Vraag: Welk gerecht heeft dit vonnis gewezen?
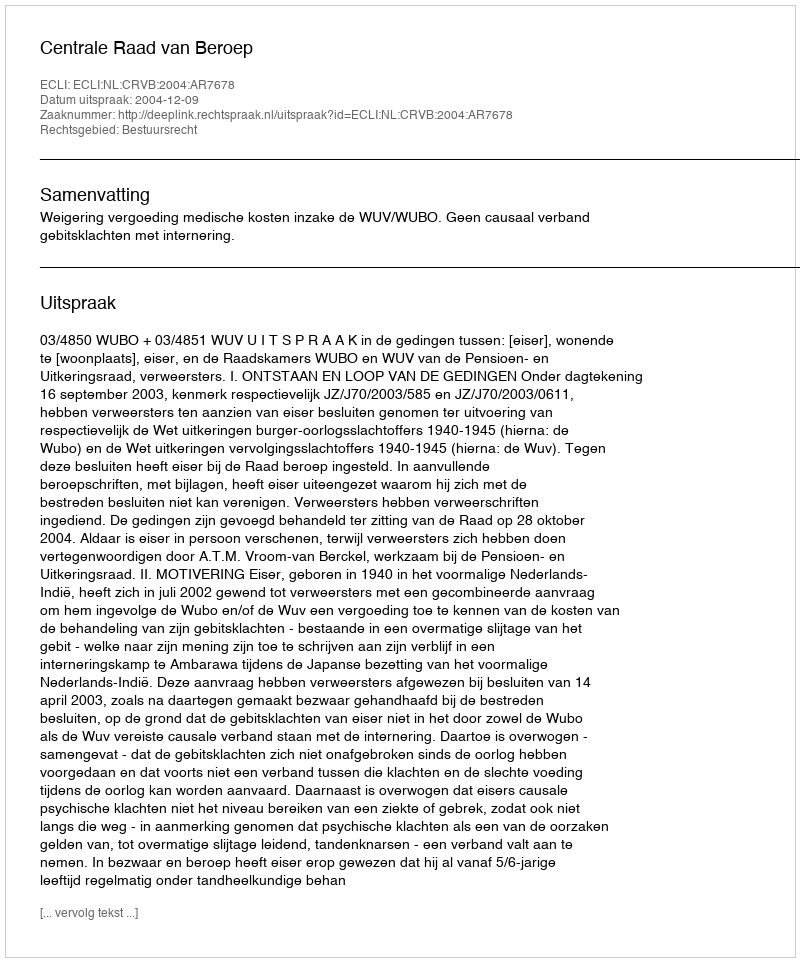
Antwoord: Centrale Raad van Beroep